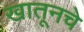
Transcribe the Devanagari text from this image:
खातूनचे